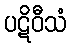
ပဋိဝီသံ